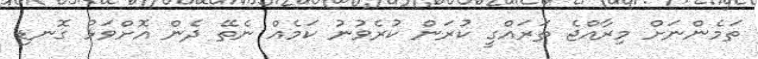
ތަމެންނަށް މިރާއްޖެ ތަރައްގީ ކުރަން ކުރެވުނު ކަމެއް ނެތޭ ދެން އޮށްވަޅު ގޮނޑި